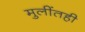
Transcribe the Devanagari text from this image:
मुलींतही